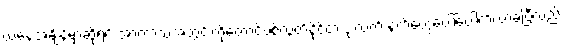
ယနေ့အချိန်မှာဆိုရင် အာကာသအတွင်းကိုတောင်ပစ်လွှတ်နိုင်တဲ့ ဒုံးလက် နက်တွေပေါ်ပေါက်လာခဲ့ပြီလည်း